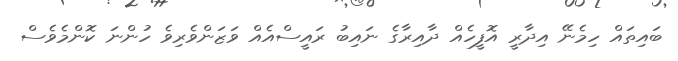
ބައިތައް ހިމެނޭ އިދާރީ އޮފީހެއް ދާއިރާގެ ނައިބު ރައީސްއެއް ވަޒަންވެރިވެ ހުންނަ ކޮންމެވެސް